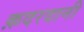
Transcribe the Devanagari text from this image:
क़दरदानी